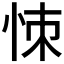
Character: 𢙀